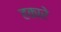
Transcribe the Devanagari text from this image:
हकारे